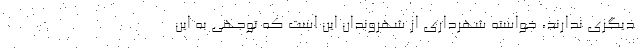
دیگری ندارند، خواسته شهرداری از شهروندان این است که توجهی به این